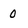
Character: 0